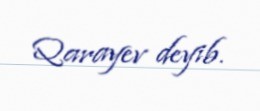
Qarayev deyib.